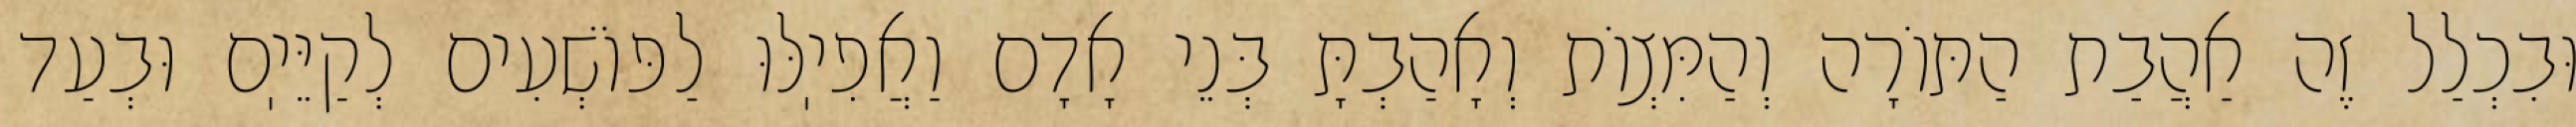
וּבִכְלַל זֶה אַהֲבַת הַתּוֹרָה וְהַמִּצְוֹת וְאָהַבְתָּ בְּנֵי אָדָם וַאֲפִיֽלּוּ לַפּוֹשְׁעִים לְקַיֵּיֽם וּבְעַד